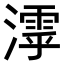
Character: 𣿋